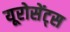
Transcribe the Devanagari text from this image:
यूरोसेंट्स